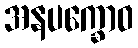
အနပက္ခောဝ